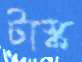
টাস্ক